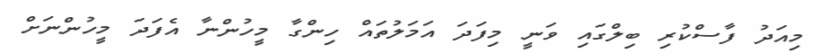
މިއަދު ފާސްކުރި ބިލްގައި ވަނީ މިފަދަ އަމަލުތައް ހިންގާ މީހުންނާ އެފަދަ މީހުންނަށް